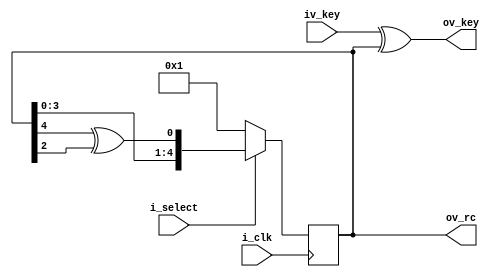
module rcxor(
        i_clk,
        i_select,
        iv_key,
        ov_key,
        ov_rc
        );
  input i_clk;
  input i_select;
  input[4:0] iv_key;
  output[4:0] ov_key;
  output[4:0] ov_rc;
  
  reg[4:0] rv_rc;
  wire[4:0] wv_rc;
  
  assign wv_rc = (i_select)? {rv_rc[3],rv_rc[2],rv_rc[1],rv_rc[0],(rv_rc[4] ^ rv_rc[2])} : 5'b00001 ;
  assign ov_key = iv_key ^ rv_rc;
  assign ov_rc = rv_rc;

  always @(posedge i_clk)
    begin
      rv_rc <= wv_rc;
    end
endmodule